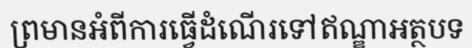
ព្រមានអំពីការធ្វើដំណើរទៅឥណ្ឌាអត្ថបទ